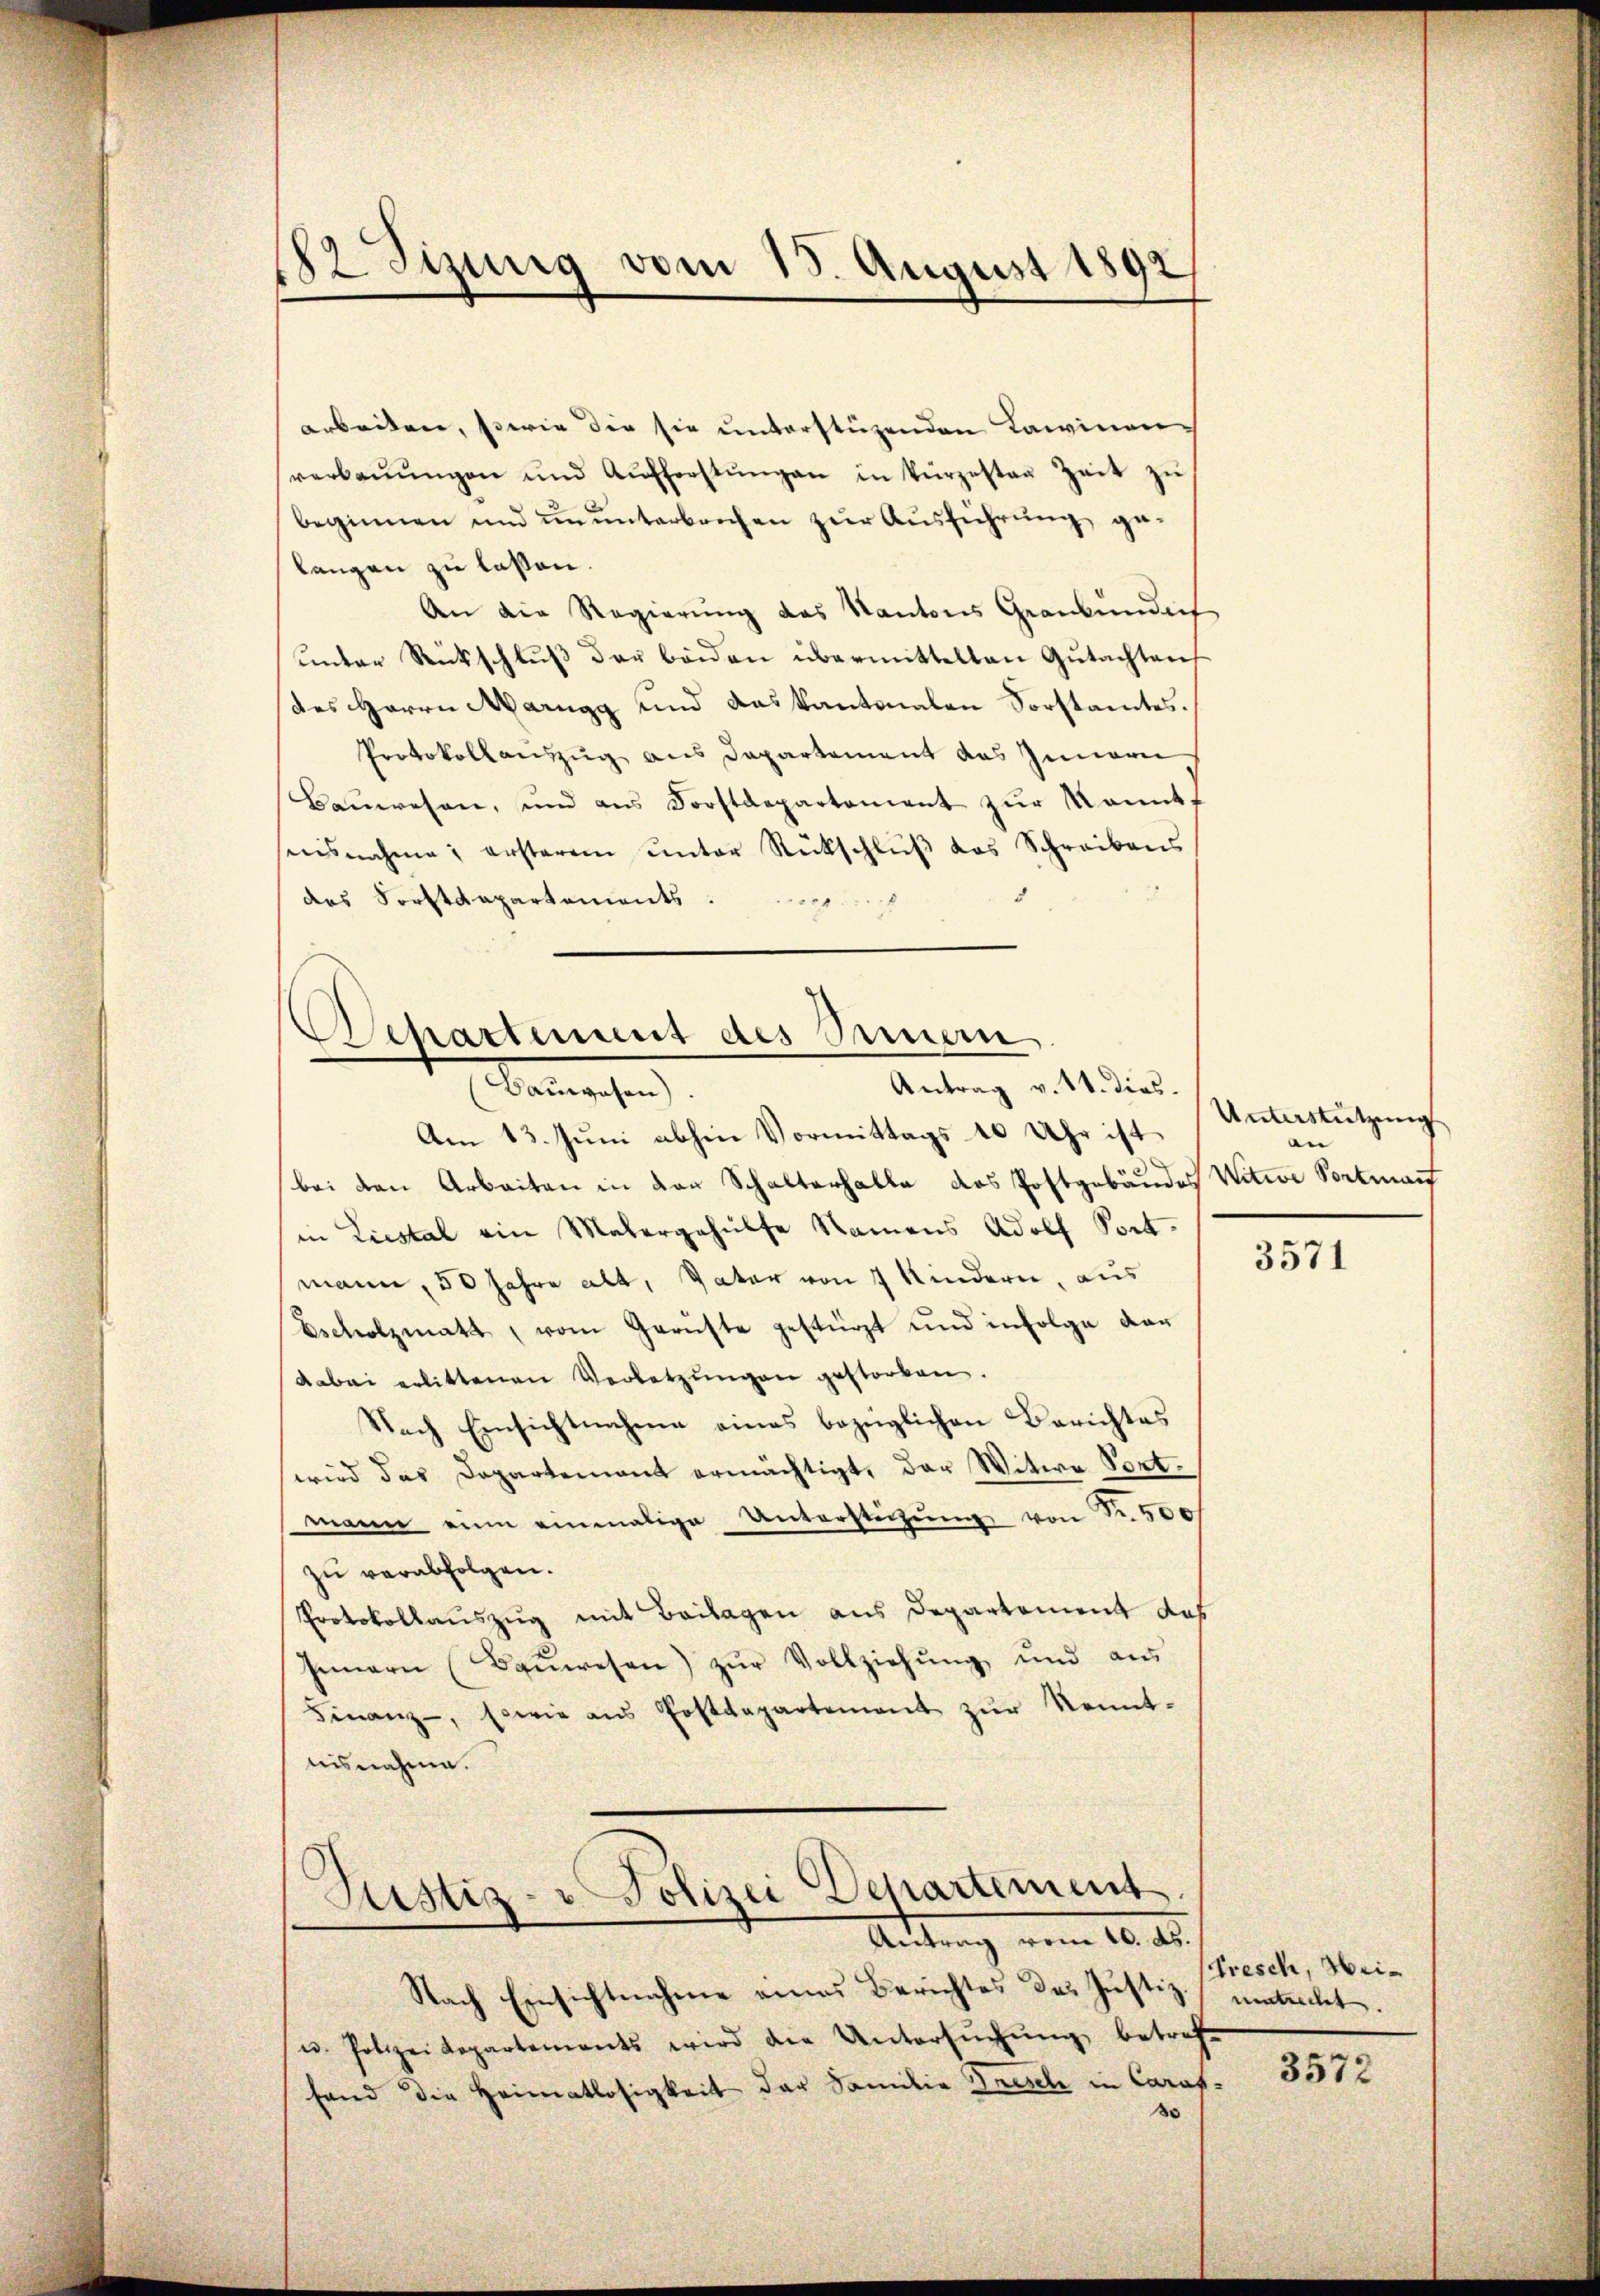
12 Sizung vom 15. August 1892

arbeiten, sowie die sie unterstüzenden Lawinenverbaŭŭngen und Aŭfferstŭngen in kürzesten Zeit zŭ
beginnen und ununterbrechen zur Ausführung gelangen zu laßen.
An die Regierŭng des Kantons Graubündig
ŭnter Rückschlŭβ der beiden übermittelten Gutachten
des Herrn Marngg und das kantonalen Forstamtes.
Protokollauszug aus Departement das Innern
Baŭwesen, und ans Forstdepartement zŭr Konnte
sesnahme; ersterem unter Rückschluß das Schreibens
des Sorstdepartements.
g

Departement des Sinnern,
Antrag v. 11. dies.
Bergehen

Am 13. Juni abhin Vormittags 10 Uhr ist
bei den Arbeiten in den Schalterhalte das Postgebäudes Witwe Portmann
in Liestal ein Matergehülfe Namens Adolf Port.
mann, 50 Jahre alt, Vater von 7 Kindern, aus
Escholzmatt, vom Gerüste gestürzt und infolge dan
dabei erlittenen Verletzŭngen gestorben.
Nach Einsichtnahme eines bezüglichen Berichtes
wird das Departement ermächtigt, der Witwe Portmann eine einmalige Unterstützŭng von Nr. 500
zu verabfolgen.
Protokollauszug mit Beilagen aus Departement das
Innern (Baŭwesen) zŭr Vollziehŭng und aŭs
Finanz-, sowie aŭs Postdepartement zŭr Kennt-
nisnahme.
Justiz- & Polizei Departement

Antrag vom 10. ds.

Nach Einsichtnahme eines Berichtes des Justiz- unterchet.
u. Polizei Repartements wird die Untersŭchŭng betref
fand die Heimatlosigkeit der Familie Frisch in Carat-
3

Unterstützung
an

3571

Fresch, Hei¬

3572